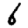
Digit: 6